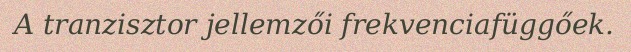
A tranzisztor jellemzői frekvenciafüggőek.